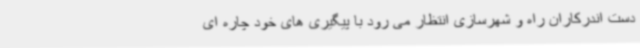
دست اندرکاران راه و شهرسازی انتظار می رود با پیگیری های خود چاره ای